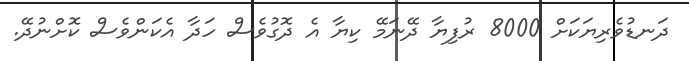
ދަނޑުވެރިޔަކަށް 8000 ރުފިޔާ ދޭނަމޭ ކިޔާ އެ ދޮގުވެސް ހަދާ އެކަންވެސް ކޮށްނުދޭ.